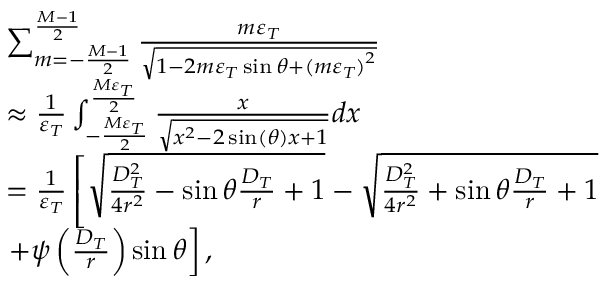
\begin{array} { r l } & { \sum _ { m = - \frac { { M - 1 } } { 2 } } ^ { \frac { { M - 1 } } { 2 } } { \frac { { m { \varepsilon _ { T } } } } { { \sqrt { 1 - 2 m { \varepsilon _ { T } } \sin \theta + { { ( m { \varepsilon _ { T } } ) } ^ { 2 } } } } } } } \\ & { \approx \frac { 1 } { { { \varepsilon _ { T } } } } \int _ { - \frac { { M { \varepsilon _ { T } } } } { 2 } } ^ { \frac { { M { \varepsilon _ { T } } } } { 2 } } { \frac { x } { { \sqrt { { x ^ { 2 } } - 2 \sin ( \theta ) x + 1 } } } } d x } \\ & { = \frac { 1 } { { { \varepsilon _ { T } } } } \left[ { \sqrt { \frac { { D _ { T } ^ { 2 } } } { { 4 { r ^ { 2 } } } } - \sin \theta \frac { { { D _ { T } } } } { r } + 1 } } - { \sqrt { \frac { { D _ { T } ^ { 2 } } } { { 4 { r ^ { 2 } } } } + \sin \theta \frac { { { D _ { T } } } } { r } + 1 } } \right. } \\ & { \left. + \psi \left( \frac { D _ { T } } { r } \right) \sin \theta \right] , } \end{array}